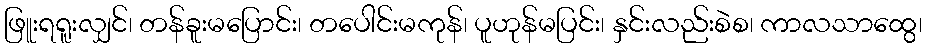
ဖြူးရရူးလျှင်၊ တန်ခူးမပြောင်း၊ တပေါင်းမကုန်၊ ပူဟုန်မပြင်း၊ နှင်းလည်းစဲစ၊ ကာလသာထွေ၊